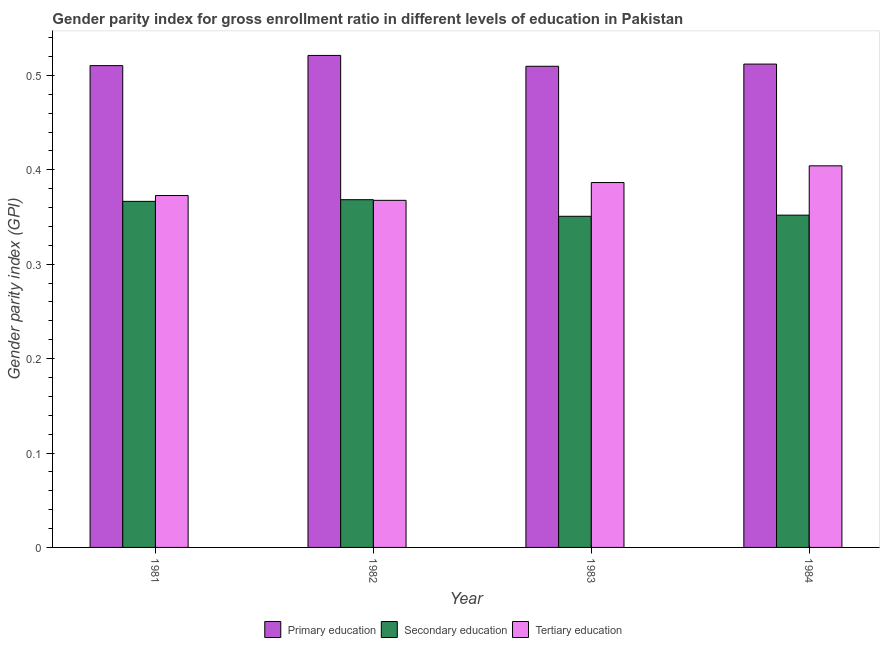
| Year | Primary education | Secondary education | Tertiary education |
 | --- | --- | --- | --- |
 | 1981 | 0.51 | 0.367 | 0.373 |
 | 1982 | 0.521 | 0.368 | 0.368 |
 | 1983 | 0.51 | 0.351 | 0.387 |
 | 1984 | 0.512 | 0.352 | 0.404 |